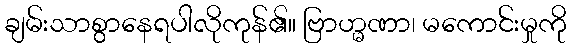
ချမ်းသာစွာနေရပါလိုကုန်၏။ ဗြာဟ္မဏာ၊ မကောင်းမှုကို